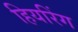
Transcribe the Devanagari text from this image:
हियरिंग